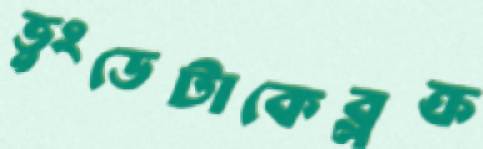
ভুংডেটাকেব্লক্র